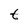
Character: t